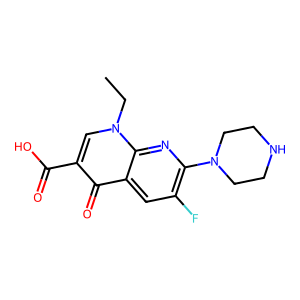
SMILES: CCn1cc(C(=O)O)c(=O)c2cc(F)c(N3CCNCC3)nc21
Inhibits HIV replication: No